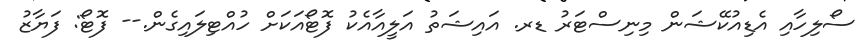
ސޯލިހާއި އެޑިއުކޭޝަން މިނިސްޓަރު ޑރ. އައިޝަތު އަލީއާއެކު ފޮޓޯއަކަށް ހުއްޓިލައިގެން.-- ފޮޓޯ: ފަޔާޒު